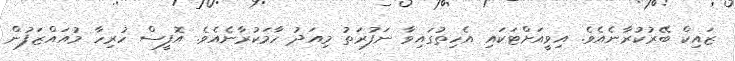
ޒައިކް ބޭރުކުރާނެއެވެ. އިވީއަށްޓަކައި އެހިތުގައިވާ ނަފުރަތު މިއަދު ހާމަކުރާނެއެވެ. އޮފީސް ހުރިހާ މުއައްޒަފުން